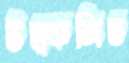
উত্কলিত